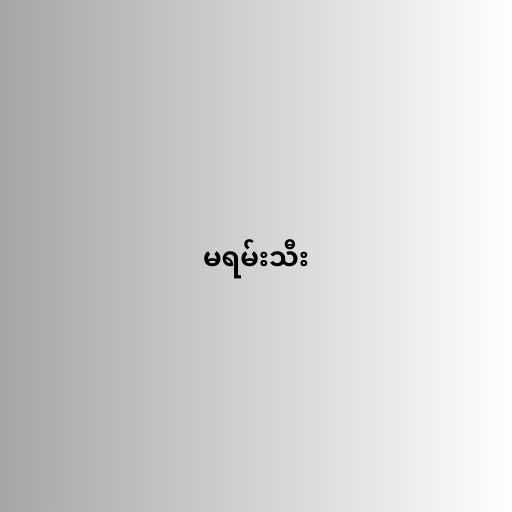
မရမ်းသီး